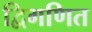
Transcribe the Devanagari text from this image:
द्विगणित